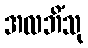
အလဘိံသု